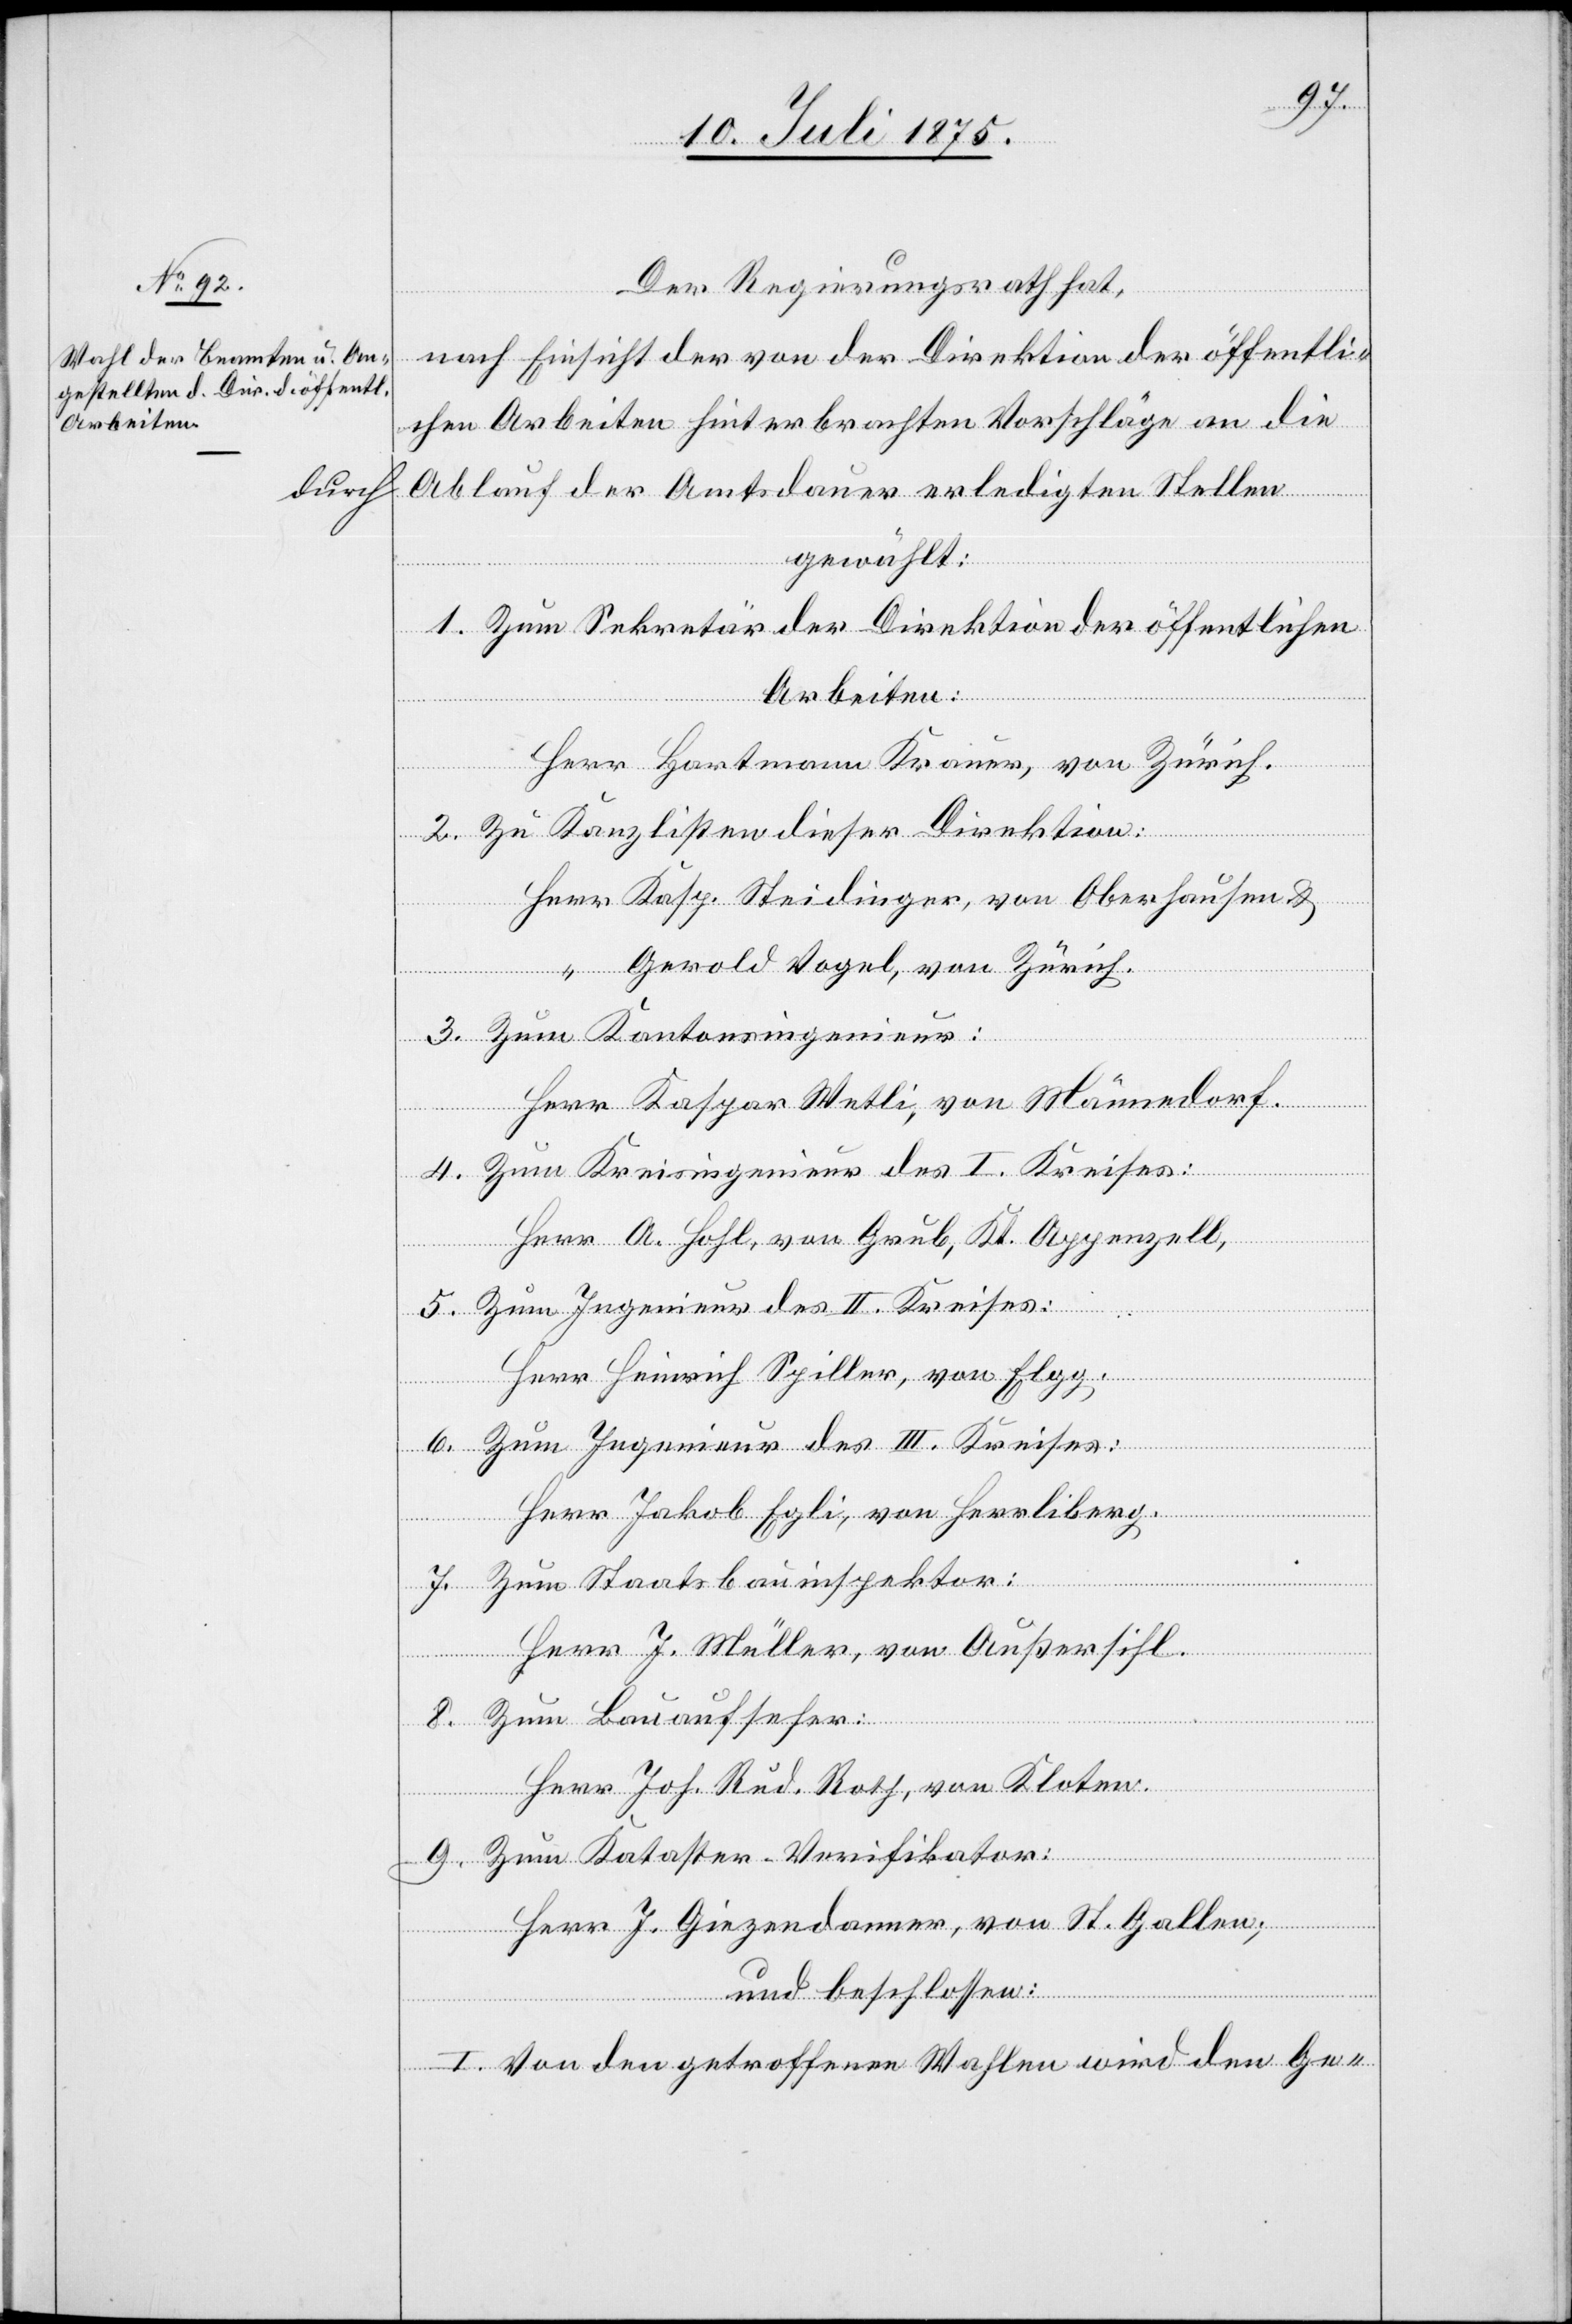
Der Regierungsrath hat,
nach Einsicht der von der Direktion der öffentli¬
chen Arbeiten hinterbrachten Vorschläge an die
durch Ablauf der Amtsdauer erledigten Stellen
gewählt:
1. Zum Sekretär der Direktion der öffentlichen
Arbeiten:
Herr Hatmann Krauer, von Zürich.
2. Zu Kanzlisten dieser Direktion:
Herr Kasp. Steidinger, von Oberhausen &
Gerold Vogel, von Zürich.
3. Zum Kantonsingenieur:
Herr Kaspar Welti, von Männedorf.
4. Zum Kreisingenieur des I. Kreises:
Herr A. Hohl, von Grub, Kt. Appenzell,
5. Zum Ingenieur des II. Kreises:
Herr Heinrich Spiller, von Elgg.
6. Zum Ingenieur des III. Kreises:
Herr Jakob Egli, von Herrliberg.
7. Zum Staatsbauinspektor:
Herr J. Müller, von Außersihl.
8. Zum Bauaufseher:
Herr Jos. Rud. Roth, von Kloten.
9. Zum Kataster-Verifikator:
Herr J. Giezendanner, von St. Gallen;
und beschlossen:
I. Von den getroffenen Wahlen wird den Ge-